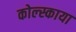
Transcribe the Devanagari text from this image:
कोल्स्काया